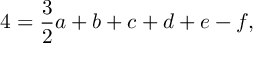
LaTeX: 4 = { \frac { 3 } { 2 } } a + b + c + d + e - f ,